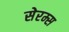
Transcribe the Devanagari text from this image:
सेरम्स